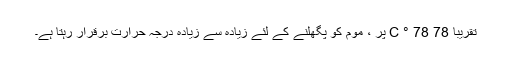
تقریبا 78 78 ° C پر ، موم کو پگھلنے کے لئے زیادہ سے زیادہ درجہ حرارت برقرار رہتا ہے۔